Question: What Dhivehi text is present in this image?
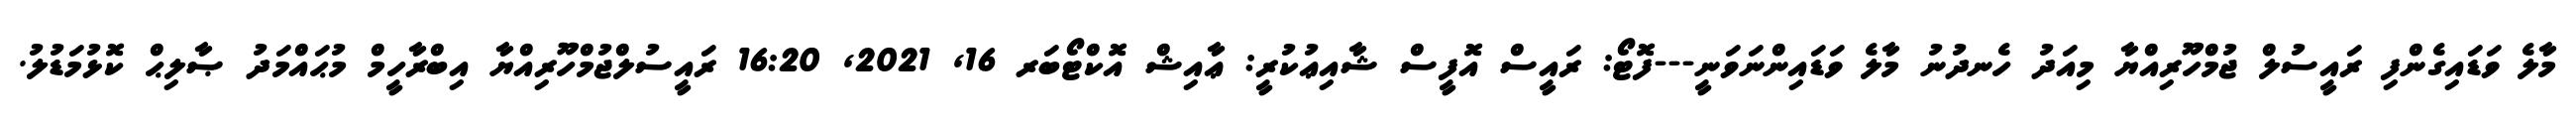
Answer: މާލެ ވަޑައިގެންފި ރައީސުލް ޖުމްހޫރިއްޔާ މިއަދު ހެނދުނު މާލެ ވަޑައިންނަވަނީ---ފޮޓޯ: ރައީސް އޮފީސް ޝާއިޢުކުރީ: ޢާއިޝް އޮކްޓޯބަރ 16, 2021, 16:20 ރައީސުލްޖުމްހޫރިއްޔާ އިބްރާހީމް މުޙައްމަދު ޞާލިޙް ކޮޅުމަޑުލު.